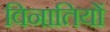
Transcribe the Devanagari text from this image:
विनातियों